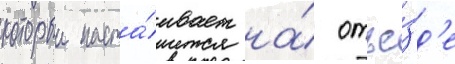
которыи наста́ивает на́ отъе́зд'е